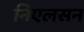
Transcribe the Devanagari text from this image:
निएलसन